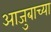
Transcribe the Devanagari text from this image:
आजुबाच्या